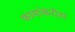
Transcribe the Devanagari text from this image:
कामांकरीता